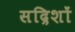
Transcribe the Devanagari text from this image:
सद्रिशों